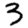
Digit: 3